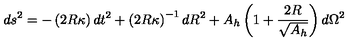
d s ^ { 2 } = - \left( { 2 R \kappa } \right) d t ^ { 2 } + \left( 2 R \kappa \right) ^ { - 1 } d R ^ { 2 } + A _ { h } \left( 1 + { \frac { 2 R } { \sqrt { A _ { h } } } } \right) d \Omega ^ { 2 }